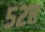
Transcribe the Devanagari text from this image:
५२ए